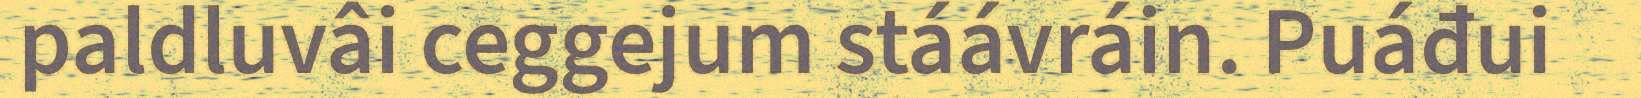
paldluvâi ceggejum stáávráin. Puáđui